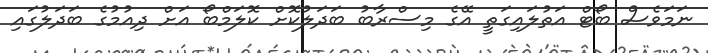
ނަމަވެސް ބޯޓް އަތުލައިގަތީ އޭގެ މިސްރާބު ބަދަލުކޮށް ކޮލަމްބޯ އަށް ދިއުމުގެ ބަދަލުގައި